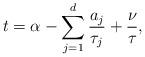
LaTeX: \begin{align*} t=\alpha- \sum_{j=1}^d \frac{a_j}{\tau_j}+\frac{\nu}{\tau_{}},\end{align*}